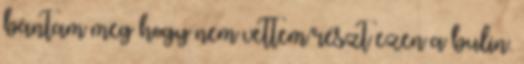
bántam meg hogy nem vettem részt ezen a bulin.